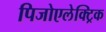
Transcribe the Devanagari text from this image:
पिजोएलेक्ट्रिक